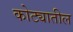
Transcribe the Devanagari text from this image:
कोट्यातील